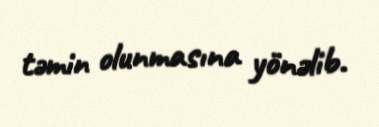
təmin olunmasına yönəlib.